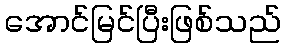
အောင်မြင်ပြီးဖြစ်သည်